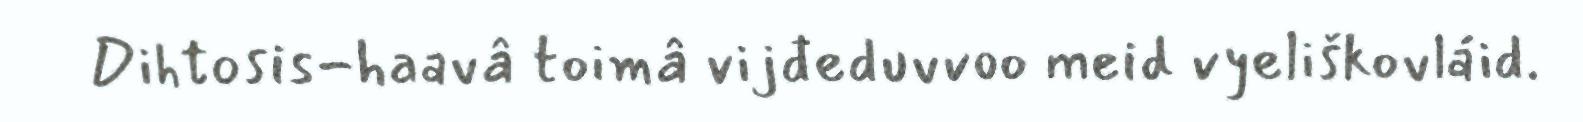
Dihtosis-haavâ toimâ vijđeduvvoo meid vyeliškovláid.